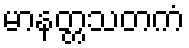
မာနတ္တသတကံ